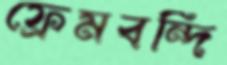
ফ্রেমবন্দি